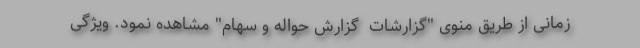
زمانی از طریق منوی "گزارشات  گزارش حواله و سهام" مشاهده نمود. ویژگی